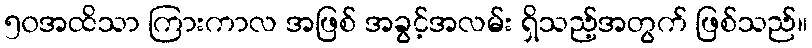
၅၀အထိသာ ကြားကာလ အဖြစ် အခွင့်အလမ်း ရှိသည့်အတွက် ဖြစ်သည်။